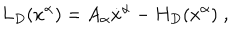
L _ { D } ( x ^ { \alpha } ) = A _ { \alpha } \dot { x } ^ { \alpha } - H _ { D } ( x ^ { \alpha } ) \; ,